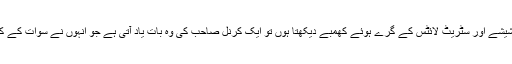
جب بھی کسی سرکاری عمارت کے ٹوٹے ہوئے شیشے اور سٹریٹ لائٹس کے گرے ہوئے کھمبے دیکھتا ہوں تو ایک کرنل صاحب کی وہ بات یاد آتی ہے جو انہوں نے سوات کے کالم نویسوں کے ساتھ ایک نشست میں بیان کی تھی۔